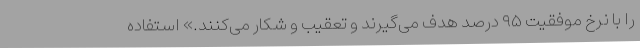
را با نرخ موفقیت ۹۵ درصد هدف می‌گیرند و تعقیب و شکار می‌کنند.» استفاده